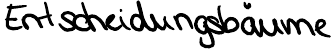
Entscheidungsbäume